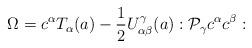
LaTeX: \begin{align*}\Omega =c^{\alpha}T_{\alpha}(a)-{1\over2}U^{\gamma}_{\alpha\beta}(a):{\cal P_{\gamma}} c^{\alpha} c^{\beta}:\end{align*}